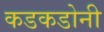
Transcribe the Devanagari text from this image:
कडकडोनी